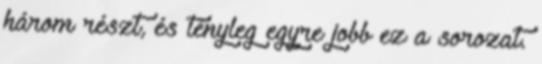
három részt, és tényleg egyre jobb ez a sorozat.